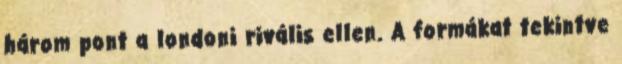
három pont a londoni rivális ellen. A formákat tekintve